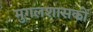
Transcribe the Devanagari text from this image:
मुगलशासकों